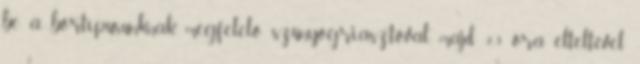
be a bőrtípusunknak megfelelő szúnyogriasztóval, majd 2-3 óra elteltével